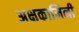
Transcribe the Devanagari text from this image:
अक्षकामिनी